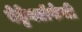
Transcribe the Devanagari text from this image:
बेट्टेनडॉर्फची